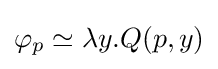
\varphi _{p}\simeq \lambda y.Q(p,y)